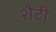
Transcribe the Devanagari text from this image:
शैंटी